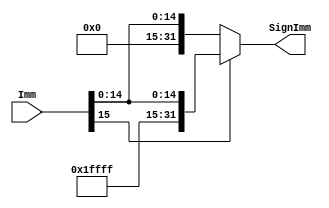
module Sign_Extend #(parameter WIDTH = 32, parameter Imm_Size = 16)
(
input    wire     [Imm_Size-1:0]     Imm,
output   reg     [WIDTH-1:0]        SignImm
);

always @(*) 
begin
    if (Imm[Imm_Size-1]) 
    begin
        SignImm = {{(WIDTH-Imm_Size){1'b1}},Imm};
    end else 
    begin
        SignImm = {{(WIDTH-Imm_Size){1'b0}},Imm};
    end
end 
endmodule